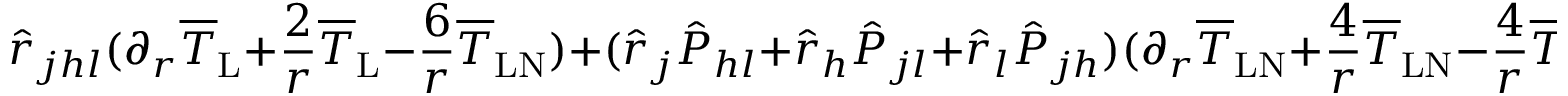
\hat { r } _ { j h l } ( \partial _ { r } \overline { { T } } _ { \mathrm { L } } + \frac { 2 } { r } \overline { { T } } _ { \mathrm { L } } - \frac { 6 } { r } \overline { { T } } _ { \mathrm { L N } } ) + ( \hat { r } _ { j } \hat { P } _ { h l } + \hat { r } _ { h } \hat { P } _ { j l } + \hat { r } _ { l } \hat { P } _ { j h } ) ( \partial _ { r } \overline { { T } } _ { \mathrm { L N } } + \frac { 4 } { r } \overline { { T } } _ { \mathrm { L N } } - \frac { 4 } { r } \overline { { T } } _ { \mathrm { N } } )